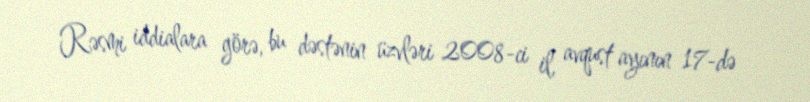
Rəsmi iddialara görə, bu dəstənin üzvləri 2008-ci il, avqust ayının 17-də